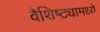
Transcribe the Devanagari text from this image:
वैशिष्ट्यामध्ये